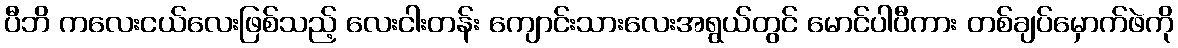
ပီဘိ ကလေးငယ်လေးဖြစ်သည့် လေးငါးတန်း ကျောင်းသားလေးအရွယ်တွင် မောင်ပါပီကား တစ်ချပ်မှောက်ဖဲကို